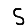
Digit: 5